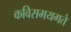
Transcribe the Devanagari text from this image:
कविसमयगते